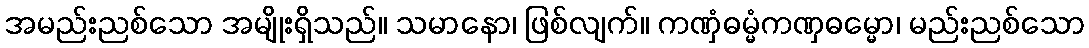
အမည်းညစ်သော အမျိုးရှိသည်။ သမာနော၊ ဖြစ်လျက်။ ကဏှံဓမ္မံကဏှဓမ္မော၊ မည်းညစ်သော